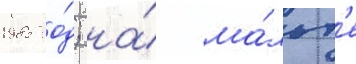
1985 го́д; на́ ма́льт'е